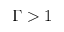
\Gamma > 1